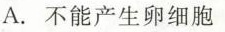
A.不能产生卵细胞